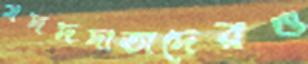
মদদদাতাদেরও